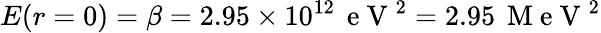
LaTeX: E(r=0)=\beta=2.95\times 10^{12}\, \mathrm{~e~V~}^{2}=2.95\, \mathrm{~M~e~V~}^{2}